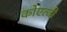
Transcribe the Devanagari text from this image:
कोएत्जी